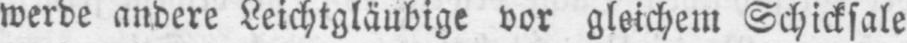
werde andere Leichtgläubige vor gleichem Schicksale